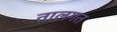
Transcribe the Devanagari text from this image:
तालगत